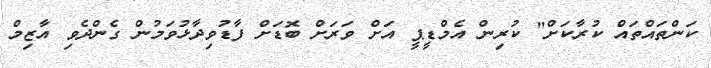
ކަންތައްތައް ކުރާކަށް" ކުރިން އެމްޑީޕީ އަށް ވަރަށް ބޮޑަށް ފާޑުވިދާޅުވަމުން ގެންދެވި އާޒިމް